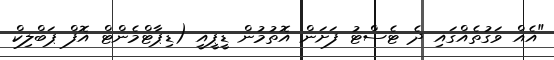
"އެއް ވަގުތެއްގައި ދެ ޓެސްޓު ފަށަން އޮތުމުން ޑީޕީއީ (ޑިޕާޓްމެންޓް އޮފް ޕަބްލިކް